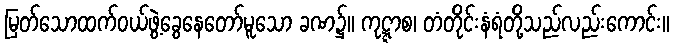
မြတ်သောထက်ဝယ်ဖွဲ့ခွေနေတော်မူသော ခဏ၌။ ကုဋ္ဋာစ၊ တံတိုင်းနံရံတို့သည်လည်းကောင်း။